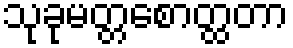
သုခုမတ္တစောတ္ထတာ